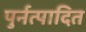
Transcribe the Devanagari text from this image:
पुर्नत्पादित